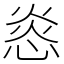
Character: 㥕